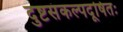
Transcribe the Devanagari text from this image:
दुष्टसंकल्पदूषितः